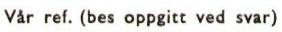
Vår ref. (bes oppgitt ved svar)